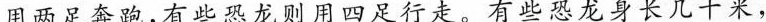
用两足奔跑，有些恐龙则用四足行走。有些恐龙身长几十米，